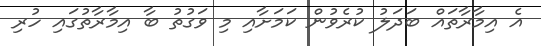
އެ އިމާރާތައް ބަދަލު ކުރެވުން ކަމަށާއި މި ވަގުތު ބާ އިމާރާތުގައި ހުރި